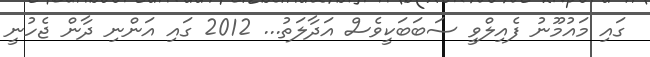
ގައި މައުމޫނު ފެއިލްވީ ސަބަބަކީވެސް އަދާލަތު... 2012 ގައި އަންނި ދާން ޖެހުނީ